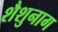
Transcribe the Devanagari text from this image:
शैशुनाग